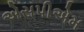
એસપીએમ